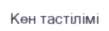
Кен тастілімі